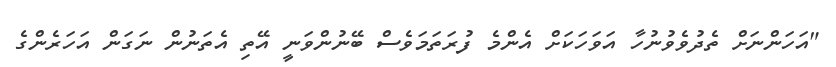
"އަހަންނަށް ތެދުވެވުނުހާ އަވަހަކަށް އެންމެ ފުރަތަމަވެސް ބޭނުންވަނީ އޭތި އެތަނުން ނަގަން އަހަރެންގެ